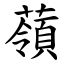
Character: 䕘